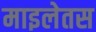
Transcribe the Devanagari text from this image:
माइलेतस